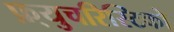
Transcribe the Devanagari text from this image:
फ़्युचरिस्टिको